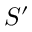
S ^ { \prime }